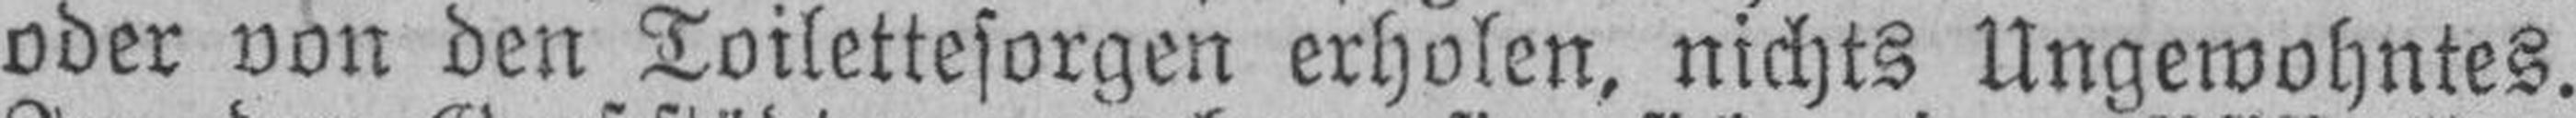
oder von den Toilettesorgen erholen, nichts Ungewohntes.